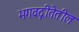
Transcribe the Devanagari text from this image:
भगवद्गीतेतील